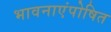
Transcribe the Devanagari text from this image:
भावनाएंपोषित